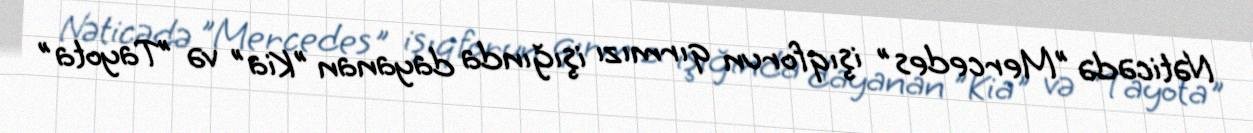
Nəticədə "Mercedes" işıqforun qırmızı işığında dayanan "Kia" və "Tayota"